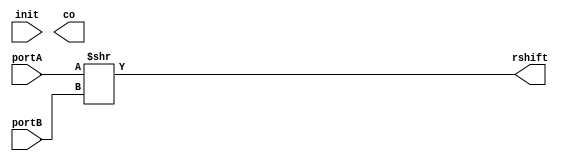
`timescale 1ns / 1ps


module rshiftAB(init, portA, portB,co, rshift);

  input init;
  input [3 :0] portA;
  input [3 :0] portB;
  output co;
  output [7 :0] rshift;
  
  
  wire [7:0] st;
  assign rshift= st[7:0];

  assign st  = 	portA>>portB;

endmodule